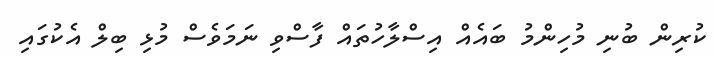
ކުރިން ބުނި މުހިންމު ބައެއް އިސްލާހުތައް ފާސްވި ނަމަވެސް މުޅި ބިލް އެކުގައި